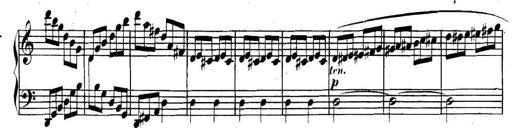
Title: Collected Piano Sonatas
Composer: Muzio Clementi